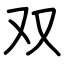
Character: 双